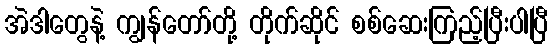
အဲဒါတွေနဲ့ ကျွန်တော်တို့ တိုက်ဆိုင် စစ်ဆေးကြည့်ပြီးပါပြီ